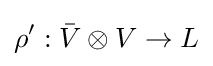
\rho ':{\bar {V}}\otimes V\rightarrow L